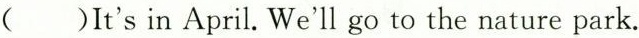
( )It's in April. We'll go to the nature park.